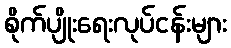
စိုက်ပျိုးရေးလုပ်ငန်းများ